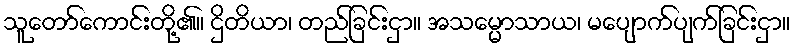
သူတော်ကောင်းတို့၏။ ဌိတိယာ၊ တည်ခြင်းငှာ။ အသမ္မောသာယ၊ မပျောက်ပျက်ခြင်းငှာ။